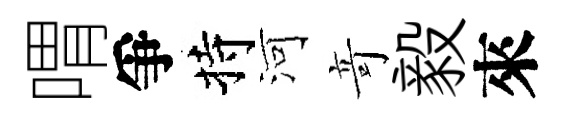
喟爭持河竒毅來